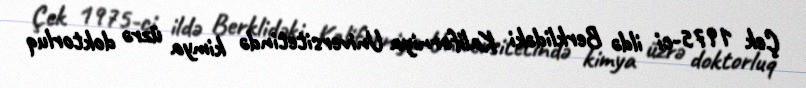
Çek 1975-ci ildə Berklidəki Kaliforniya Universitetində kimya üzrə doktorluq